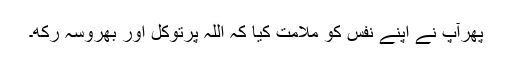
پھرآپ نے اپنے نفس کو ملامت کیا کہ اللہ پرتوکل اور بھروسہ رکھ۔